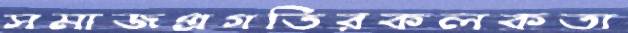
সমাজপ্রগতিরকলকতা